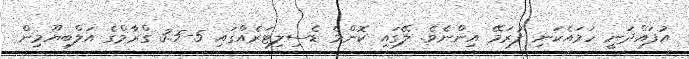
އުފައްދަނީ ހަމައެކަނި ފުރަމޭ އިންނެވެ. ލޭގައި ކޮންމެ ޑެސިލިޓަރެއްގައި 5-3.5 ގްރާމްގެ އަލްބިޔޫމިން